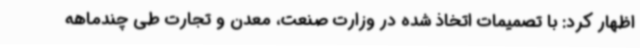
اظهار کرد: با تصمیمات اتخاذ شده در وزارت صنعت، معدن و تجارت طی چندماهه